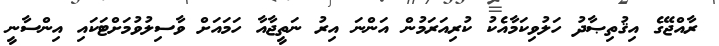
ރާއްޖޭގެ އިޤުތިޞާދު ހަލުވިކަމާއެކު ކުރިއަރަމުން އަންނަ އިރު ނަތީޖާއާ ހަމައަށް ވާސިލުވުމަށްޓަކައި އިންސާނީ